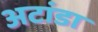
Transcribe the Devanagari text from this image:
अटांडा